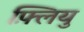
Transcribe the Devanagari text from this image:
फ़्लियु